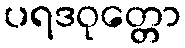
ပရဒဝုတ္တော